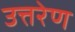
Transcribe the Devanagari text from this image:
उत्तरेण